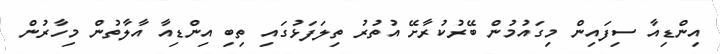
އިންޑިއާ ސިފައިން މިގައުމުން ބޭރުކުރާށޭ އުތުރު ތިލަފަޅުގައި ތިބި އިންޑިއާ އާލާތުން މިހާރުން